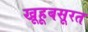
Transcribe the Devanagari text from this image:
खूहूबसूरत